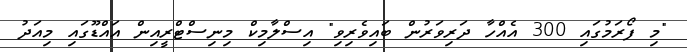
"މި ފޯރަމުގައި 300 އެެއްހާ ދަރިވަރުން ބައިވެރިވި" އިސްލާމިކް މިނިސްޓްރީއިން އައްޑޫގައި މިއަދު